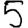
Digit: 5